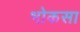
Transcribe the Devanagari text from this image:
भोकसा